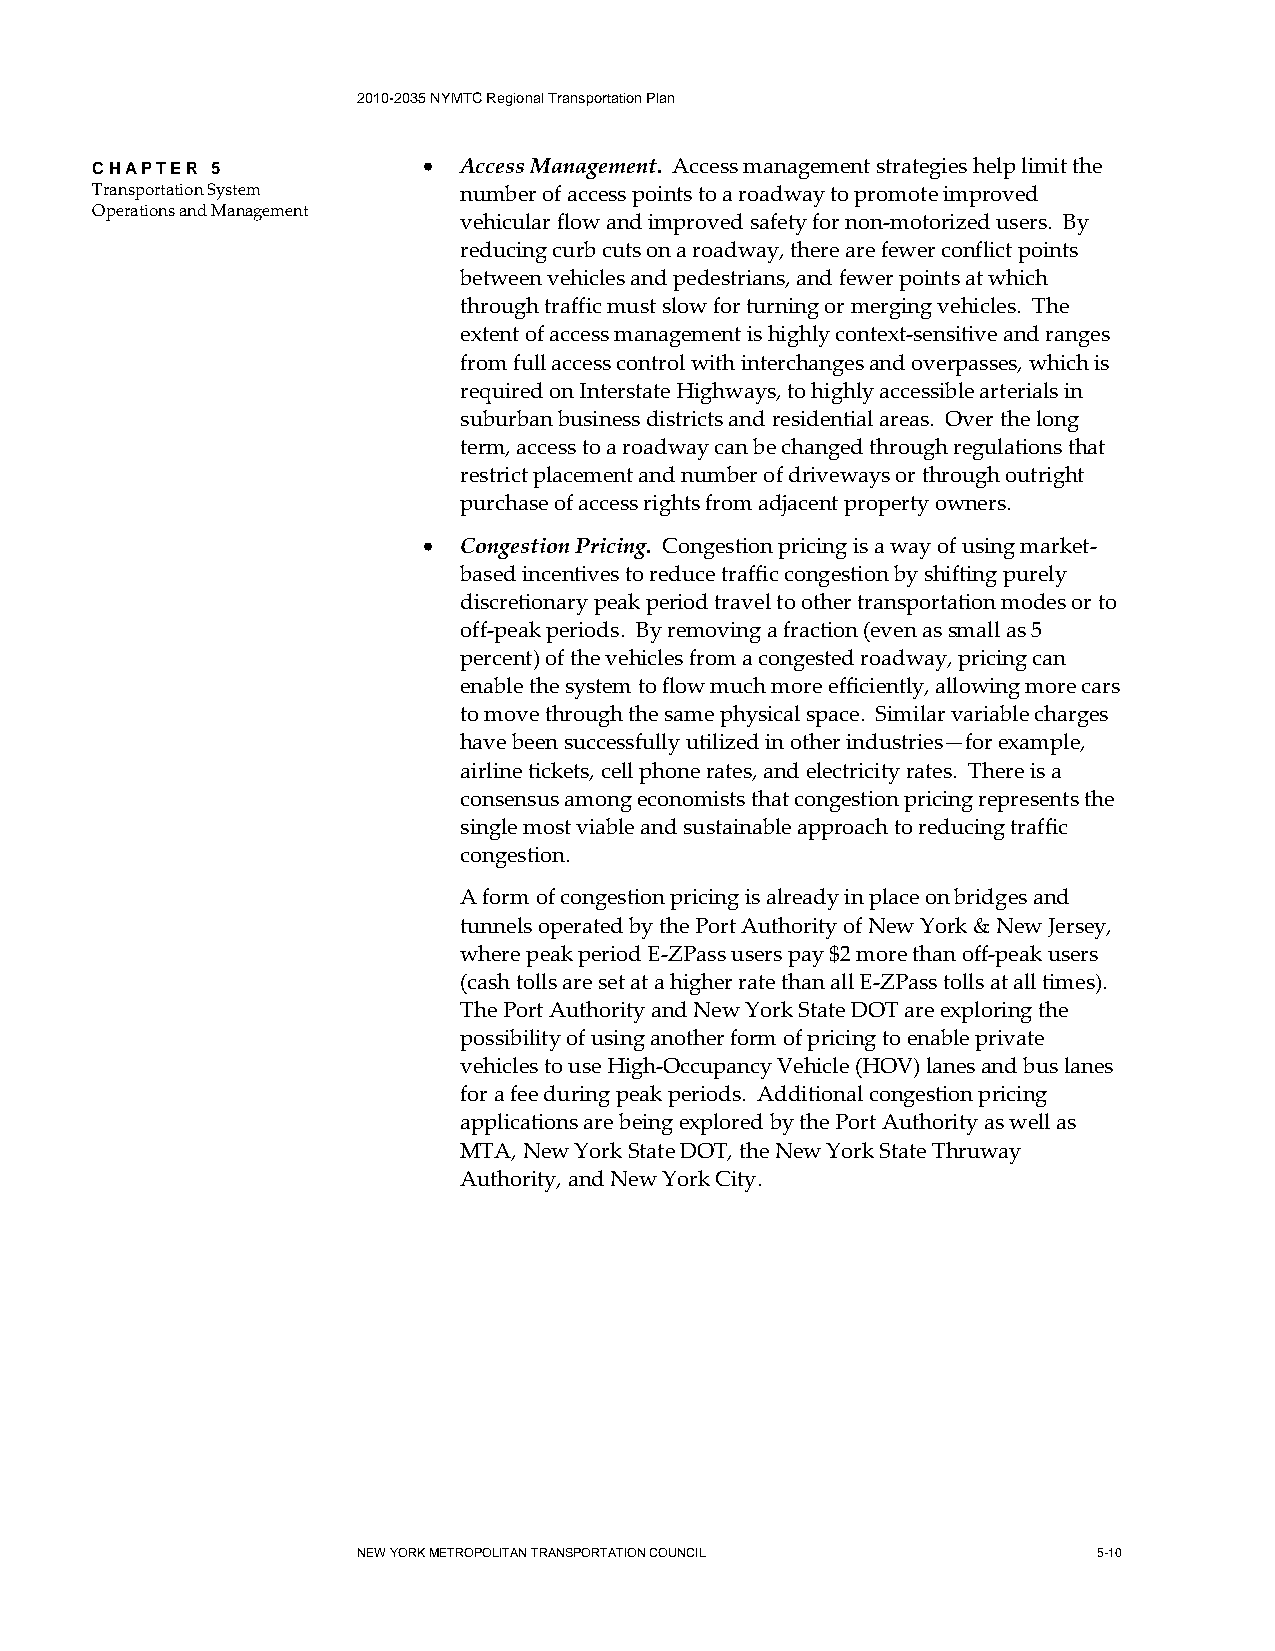
2010-2035 NYMTC Regional Transportation Plan
 CHAPTER 5             • Access Management. Access management strategies help limit the
 Transportation System   number of access points to a roadway to promote improved
 Operations and Management
 vehicular flow and improved safety for non-motorized users. By
 reducing curb cuts on a roadway, there are fewer conflict points
 between vehicles and pedestrians, and fewer points at which
 through traffic must slow for turning or merging vehicles. The
 extent of access management is highly context-sensitive and ranges
 from full access control with interchanges and overpasses, which is
 required on Interstate Highways, to highly accessible arterials in
 suburban business districts and residential areas. Over the long
 term, access to a roadway can be changed through regulations that
 restrict placement and number of driveways or through outright
 purchase of access rights from adjacent property owners.
 • Congestion Pricing. Congestion pricing is a way of using market-
 based incentives to reduce traffic congestion by shifting purely
 discretionary peak period travel to other transportation modes or to
 off-peak periods. By removing a fraction (even as small as 5
 percent) of the vehicles from a congested roadway, pricing can
 enable the system to flow much more efficiently, allowing more cars
 to move through the same physical space. Similar variable charges
 have been successfully utilized in other industries—for example,
 airline tickets, cell phone rates, and electricity rates. There is a
 consensus among economists that congestion pricing represents the
 single most viable and sustainable approach to reducing traffic
 congestion.
 A form of congestion pricing is already in place on bridges and
 tunnels operated by the Port Authority of New York & New Jersey,
 where peak period E-ZPass users pay $2 more than off-peak users
 (cash tolls are set at a higher rate than all E-ZPass tolls at all times).
 The Port Authority and New York State DOT are exploring the
 possibility of using another form of pricing to enable private
 vehicles to use High-Occupancy Vehicle (HOV) lanes and bus lanes
 for a fee during peak periods. Additional congestion pricing
 applications are being explored by the Port Authority as well as
 MTA, New York State DOT, the New York State Thruway
 Authority, and New York City.
 NEW YORK METROPOLITAN TRANSPORTATION COUNCIL     5-10